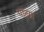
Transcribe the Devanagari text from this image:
पादग्रा